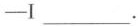
—I___.